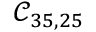
\mathcal { C } _ { 3 5 , 2 5 }